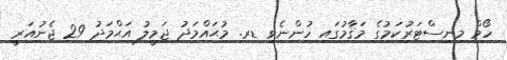
ހޯމް މިނިސްޓަރުކަމުގެ މަޤާމުގައި ހުންނެވި ޑރ. މުޙައްމަދު ޖަމީލު އަޙްމަދު 29 ޖެނުއަރީ